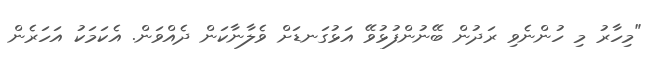
"މިހާރު މި ހުންނެވި ރަދުން ބޭނުންފުޅުވޭ އަޅުގަނޑަށް ވެލާނާކަން ދެއްވަން. އެކަމަކު އަހަރެން